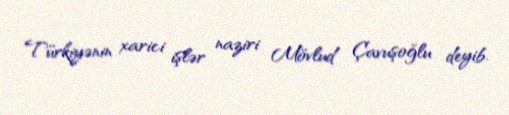
Türkiyənin xarici işlər naziri Mövlud Çavuşoğlu deyib.